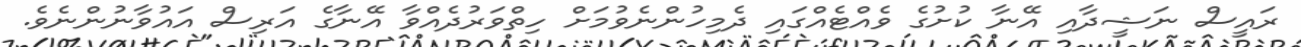
ރައީސް ނަޝީދާއި އޭނާ ކުށުގެ ވެއްޓެއްގައި ދެމިހުންނެވުމަށް ހިތްވަރުދެއްވާ އޭނާގެ އަރިސް އައުވާނުންނެވެ.